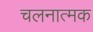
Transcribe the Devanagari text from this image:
चलनात्मक